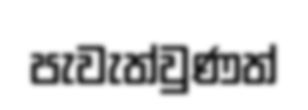
පැවැත්වුණත්